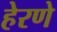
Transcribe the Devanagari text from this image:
हेरणे